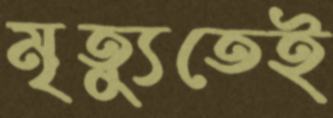
মৃত্যুতেই